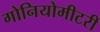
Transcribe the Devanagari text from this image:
गोनियोमीटरी